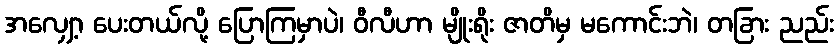
အလျှော့ ပေးတယ်လို့ ပြောကြမှာပဲ၊ ဝီလီဟာ မျိုးရိုး ဇာတိမှ မကောင်းဘဲ၊ တခြား ညည်း